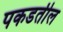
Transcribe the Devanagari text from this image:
पकडतील